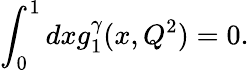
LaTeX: \int_{0}^{1}dxg_{1}^{\gamma}(x,Q^{2})=0.